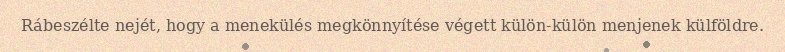
Rábeszélte nejét, hogy a menekülés megkönnyítése végett külön-külön menjenek külföldre.